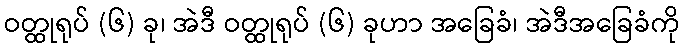
ဝတ္ထုရုပ် (၆) ခု၊ အဲဒီ ဝတ္ထုရုပ် (၆) ခုဟာ အခြေခံ၊ အဲဒီအခြေခံကို